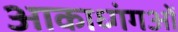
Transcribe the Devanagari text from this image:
आकाध्गंगओं